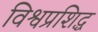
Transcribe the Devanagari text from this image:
विश्वप्रशिद्ध